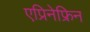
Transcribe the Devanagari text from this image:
एप्रिनेफ्रिन